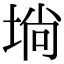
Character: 埫